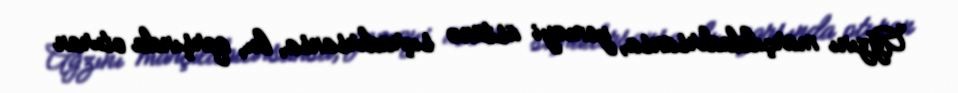
Ağzını marçıldadırsansa, yeməyi üstünə sıçradırsansa, bu, qarşında oturan